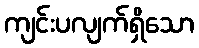
ကျင်းပလျက်ရှိသော